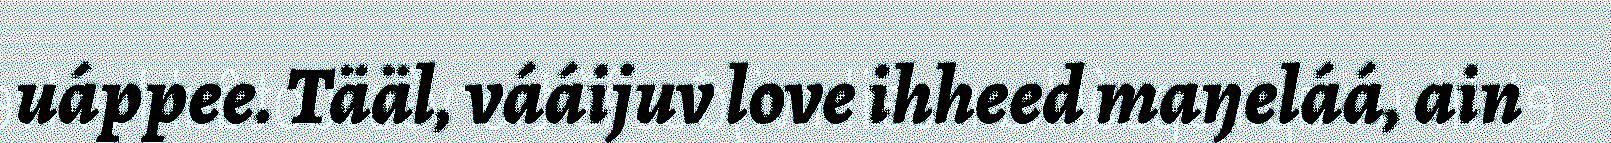
uáppee. Tääl, vááijuv love ihheed maŋeláá, ain